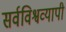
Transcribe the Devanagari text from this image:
सर्वविश्वव्यापी